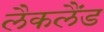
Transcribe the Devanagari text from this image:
लैकलैंड